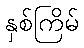
နှစ်ကြိမ်